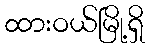
ထားဝယ်မြို့ရှိ